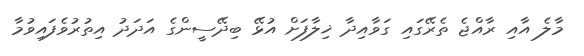
މާލެ އާއި ރާއްޖެ ތެރޭގައި ގަވާއިދާ ޚިލާފަށް އުޅޭ ބިދޭސީންގެ އަދަދު އިތުރުވެފައިވުމާ